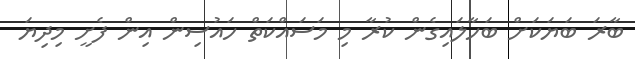
ބާރަ ބަޔަކަށް ބަހާލައިގެން ކުރާ މި މަސައްކަތް ހައުސިން އިން ފެށީ މިދިޔަ